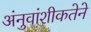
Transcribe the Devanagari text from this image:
अंनुवांशीकतेने